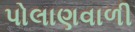
પોલાણવાળી